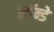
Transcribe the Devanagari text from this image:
मॉन्डे